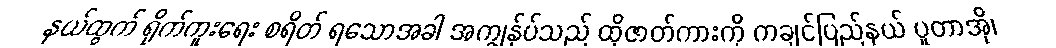
နယ်ထွက် ရိုက်ကူးရေး စရိတ် ရသောအခါ အကျွန်ုပ်သည် ထိုဇာတ်ကားကို ကချင်ပြည်နယ် ပူတာအို၊